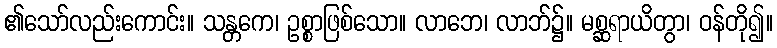
၏သော်လည်းကောင်း။ သန္တကေ၊ ဥစ္စာဖြစ်သော။ လာဘေ၊ လာဘ်၌။ မစ္ဆရာယိတွာ၊ ဝန်တို၍။